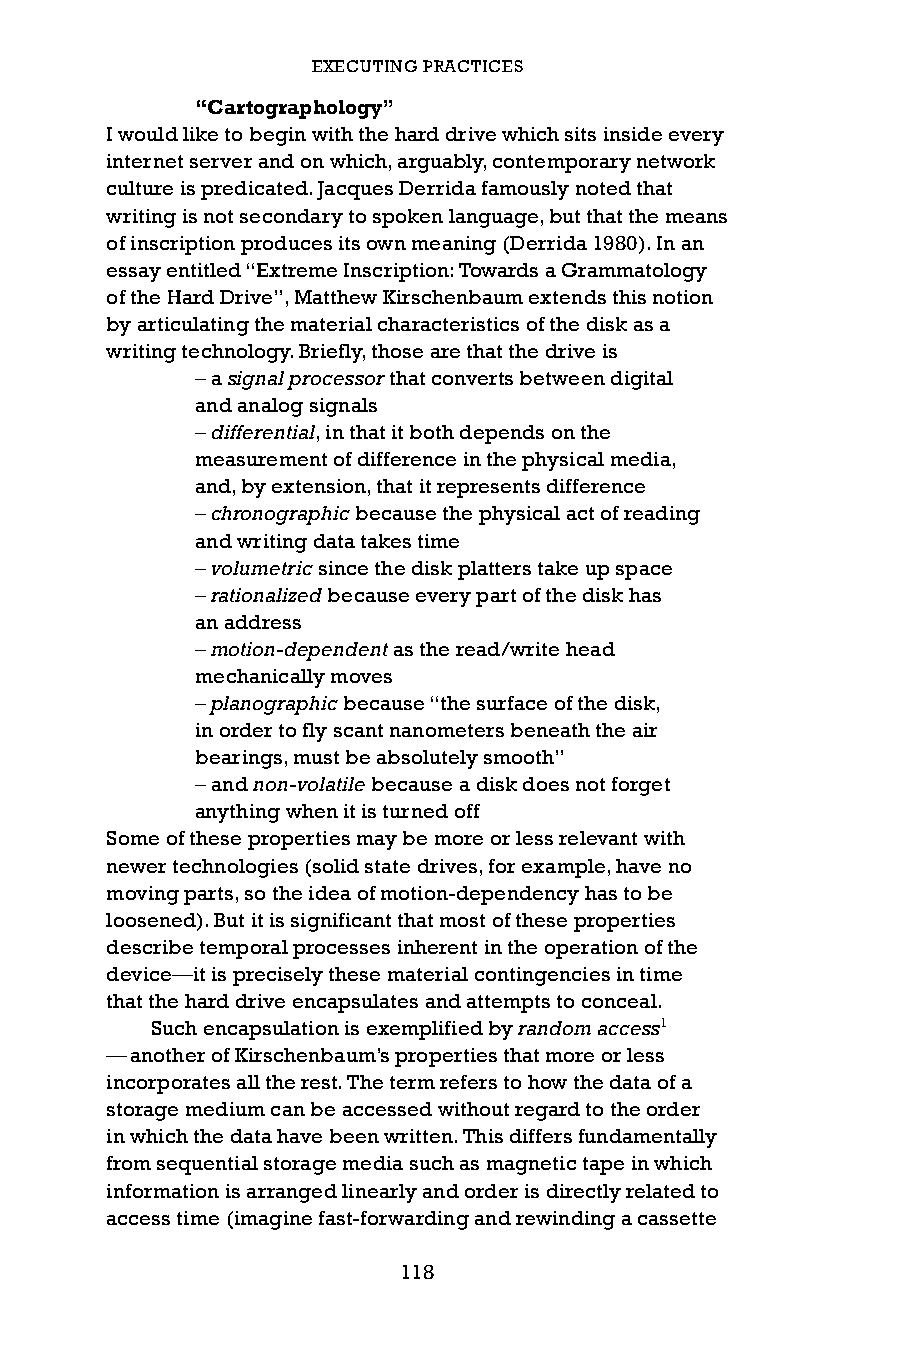
EXECUTING PRACTICES
 “Cartographology”
 I would like to begin with the hard drive which sits inside every
 internet server and on which, arguably, contemporary network
 culture is predicated. Jacques Derrida famously noted that
 writing is not secondary to spoken language, but that the means
 of inscription produces its own meaning (Derrida 1980). In an
 essay entitled “Extreme Inscription: Towards a Grammatology
 of the Hard Drive”, Matthew Kirschenbaum extends this notion
 by articulating the material characteristics of the disk as a
 writing technology. Briefly, those are that the drive is
 – a signal processor that converts between digital
 and analog signals
 – differential, in that it both depends on the
 measurement of difference in the physical media,
 and, by extension, that it represents difference
 – chronographic because the physical act of reading
 and writing data takes time
 – volumetric since the disk platters take up space
 – rationalized because every part of the disk has
 an address
 – motion-dependent as the read/write head
 mechanically moves
 – planographic because “the surface of the disk,
 in order to fly scant nanometers beneath the air
 bearings, must be absolutely smooth”
 – and non-volatile because a disk does not forget
 anything when it is turned off
 Some of these properties may be more or less relevant with
 newer technologies (solid state drives, for example, have no
 moving parts, so the idea of motion-dependency has to be
 loosened). But it is significant that most of these properties
 describe temporal processes inherent in the operation of the
 device—it is precisely these material contingencies in time
 that the hard drive encapsulates and attempts to conceal.
 Such encapsulation is exemplified by random access1
 — another of Kirschenbaum’s properties that more or less
 incorporates all the rest. The term refers to how the data of a
 storage medium can be accessed without regard to the order
 in which the data have been written. This differs fundamentally
 from sequential storage media such as magnetic tape in which
 information is arranged linearly and order is directly related to
 access time (imagine fast-forwarding and rewinding a cassette
 118